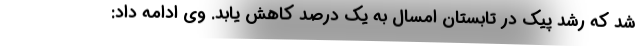
شد که رشد پیک در تابستان امسال به یک درصد کاهش یابد. وی ادامه داد: